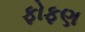
ફોફણ